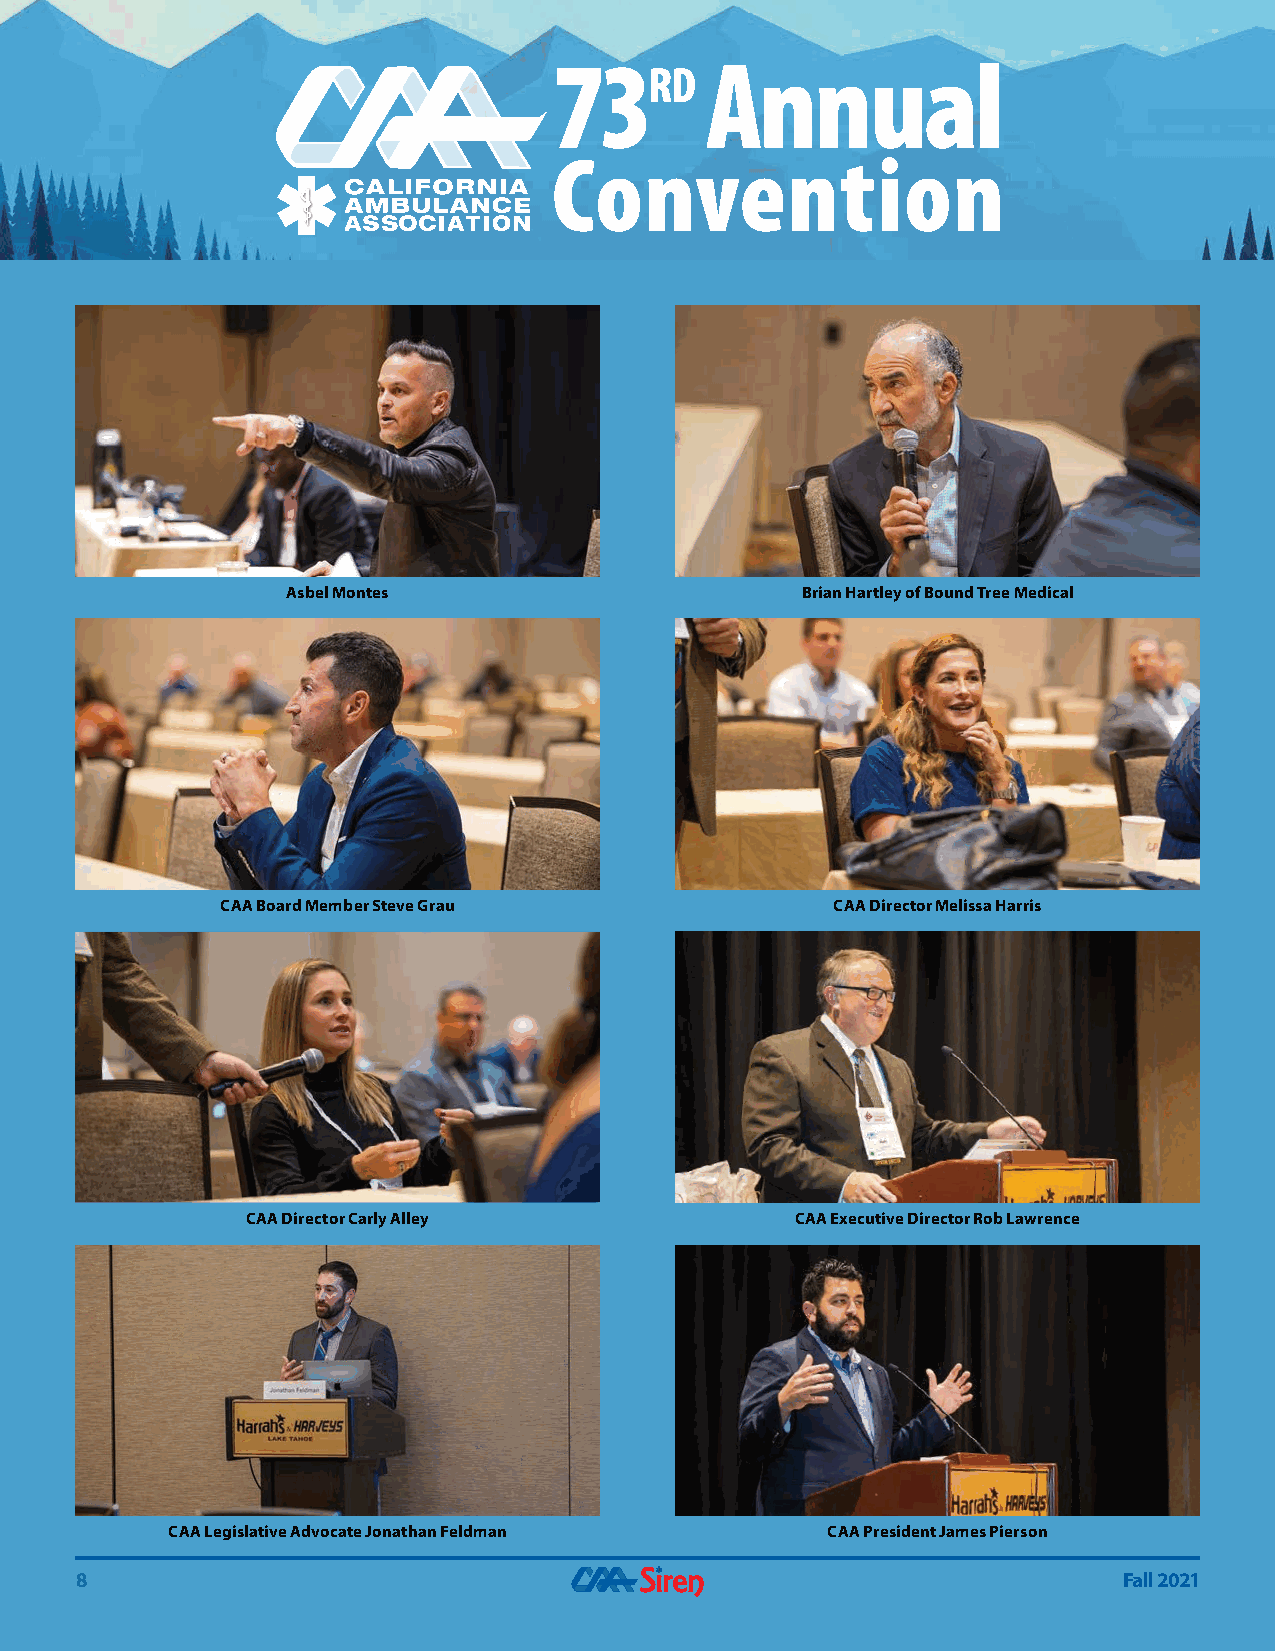
73        Annual
 rd
 Convention
 Asbel Montes                      Brian Hartley of Bound Tree Medical
 CAA Board Member Steve Grau             CAA Director Melissa Harris
 CAA Director Carly Alley             CAA Executive Director Rob Lawrence
 CAA Legislative Advocate Jonathan Feldman   CAA President James Pierson
 8                                                                    Fall 2021